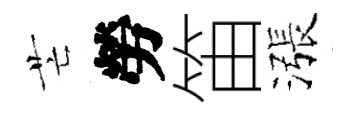
芒勞笛漲